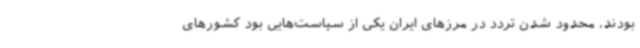
بودند، محدود شدن تردد در مرزهای ایران یکی از سیاست‌هایی بود کشورهای